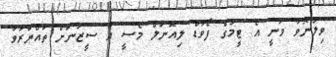
ވިލަނޮވާ ވަނީ އެ ޓީމުގެ ފޯވާޑް ލިއޮނަލް މެސީ އާ ސީޒަނަށް ތައްޔާރުވާ